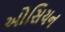
ઓસિયન